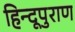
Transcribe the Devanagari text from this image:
हिन्दूपुराण